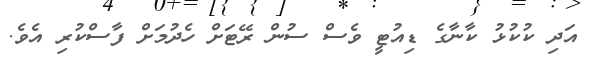
އަދި ކުކުޅު ކާނާގެ ޑިއުޓީ ވެސް ސުން ރޭޓަށް ހެދުމަށް ފާސްކުރި އެވެ.